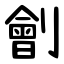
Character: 劊